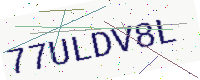
Text: 77ULDV8L